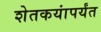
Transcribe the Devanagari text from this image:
शेतकयांपर्यंत